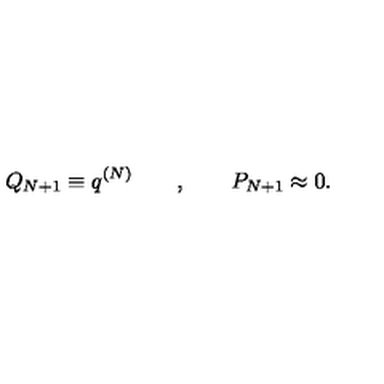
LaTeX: Q _ { N + 1 } \equiv q ^ { ( N ) } \qquad , \qquad P _ { N + 1 } \approx 0 .